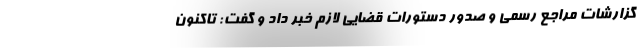
گزارشات مراجع رسمی و صدور دستورات قضایی لازم خبر داد و گفت: تاکنون